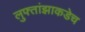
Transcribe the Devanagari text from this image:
लुफ्तांझाकडेच